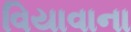
વિયાવાના